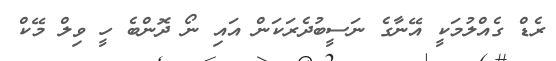
ރެޑް ގެއްލުމަކީ އޭނާގެ ނަސީބުދެރަކަން އައި ނޯ ދޮންބެ ހީ ވިލް މޭކް